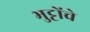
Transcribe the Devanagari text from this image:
भुट्टोंचे